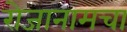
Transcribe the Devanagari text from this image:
रोजानामचा